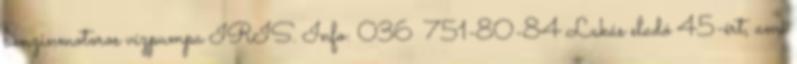
benzinmotoros vízpumpa IRIS. Info: 036 751-80-84 Lakás eladó 45-ért, ami